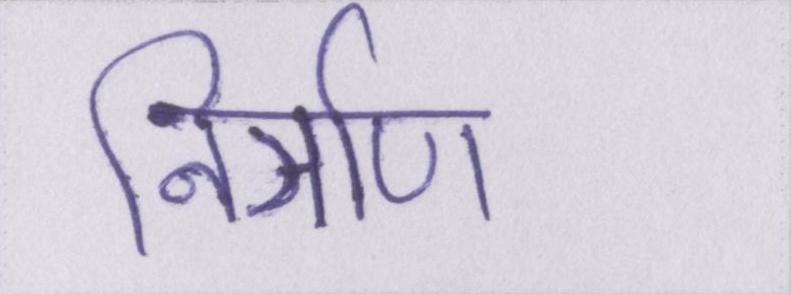
निर्ञाण